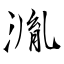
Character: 湚